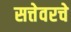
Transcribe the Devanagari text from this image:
सत्तेवरचे